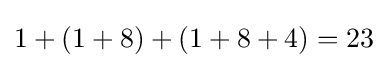
1+(1+8)+(1+8+4)=23